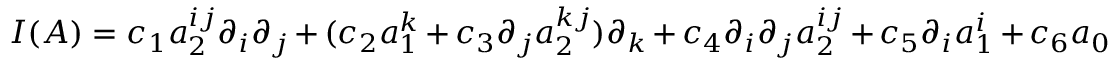
{ \cal I } ( A ) = c _ { 1 } a _ { 2 } ^ { i j } \partial _ { i } \partial _ { j } + ( c _ { 2 } a _ { 1 } ^ { k } + c _ { 3 } \partial _ { j } a _ { 2 } ^ { k j } ) \partial _ { k } + c _ { 4 } \partial _ { i } \partial _ { j } a _ { 2 } ^ { i j } + c _ { 5 } \partial _ { i } a _ { 1 } ^ { i } + c _ { 6 } a _ { 0 }